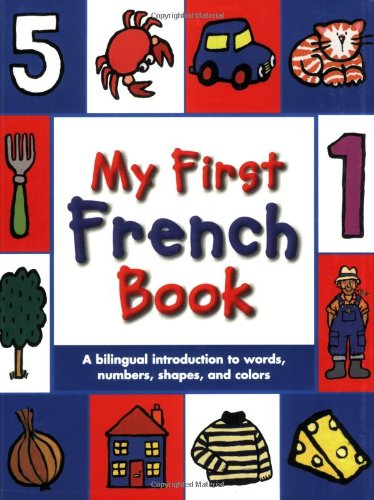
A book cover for My First French Book: A Bilingual Introduction to Words, Numbers, Shapes, and Colors (French Edition); Mandy Stanley; Children's Books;